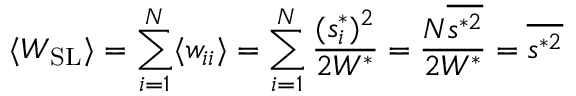
\langle W _ { \mathrm { S L } } \rangle = \sum _ { i = 1 } ^ { N } \langle w _ { i i } \rangle = \sum _ { i = 1 } ^ { N } \frac { ( s _ { i } ^ { * } ) ^ { 2 } } { 2 W ^ { * } } = \frac { N \overline { { s ^ { * 2 } } } } { 2 W ^ { * } } = { \overline { { s ^ { * 2 } } } }